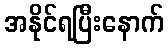
အနိုင်ရပြီးနောက်